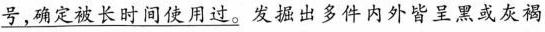
号，确定被长时间使用过。发掘出多件内外皆呈黑或灰褐